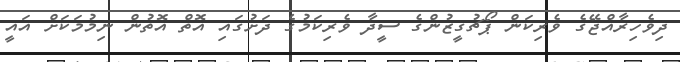
ދިވެހިރާއްޖޭގެ ވެރިކަން ޕޯޗުގީޒުންގެ ސީދާ ވެރިކަމުގެ ދަށުގައި އޮތް އޮތުން ނިމުމަކަށް އައީ